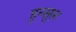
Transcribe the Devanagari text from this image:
हुन्सुल